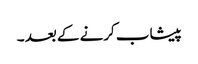
پیشاب کرنے کے بعد ۔